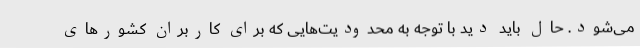
می‌شود. حال باید دید با توجه به محدودیت‌هایی که برای کاربران کشورهای